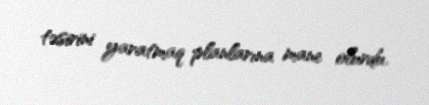
təsirini yaratmaq planlarına mane olurdu.